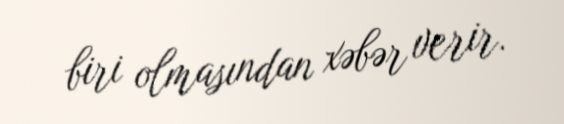
biri olmasından xəbər verir.